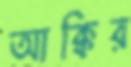
আক্কির